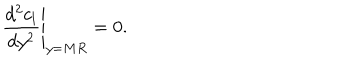
\left. { \frac { d ^ { 2 } c _ { l } } { d y ^ { 2 } } } \right| _ { y = M R } = 0 .